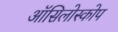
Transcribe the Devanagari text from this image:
ऑसिलोस्कोप